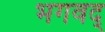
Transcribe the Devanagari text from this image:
भगवद्‍